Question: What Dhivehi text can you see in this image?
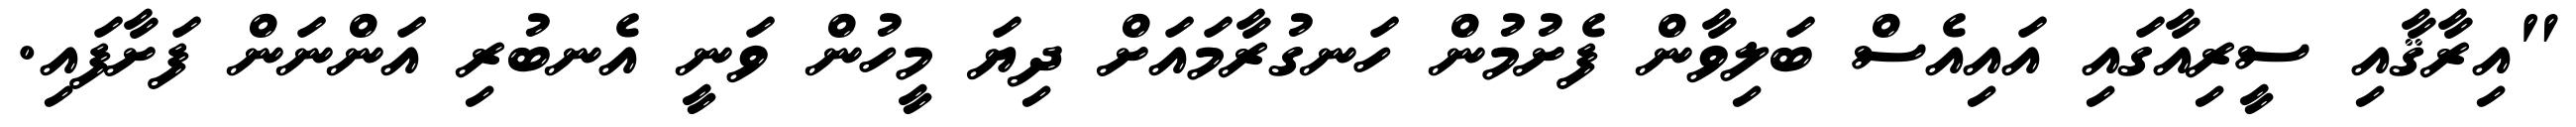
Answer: "އިރާޤާއި ސީރިއާގައި އައިއެސް ބަލިވާން ފެށުމުން ހަނގުރާމައަށް ދިޔަ މީހުން ވަނީ އެނބުރި އަންނަން ފަށާފައި.